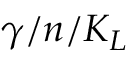
\gamma / n / K _ { L }